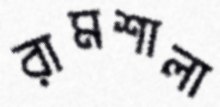
রামশালা